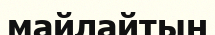
майлайтын